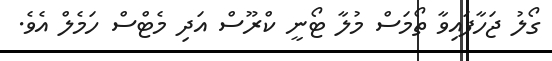
ގޯލު ޖަހާފައިވާ ތޯމަސް މުލާ ޓޯނީ ކްރޫސް އަދި މެޓްސް ހަމެލް އެވެ.